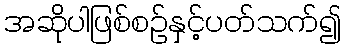
အဆိုပါဖြစ်စဉ်နှင့်ပတ်သက်၍